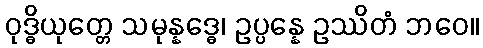
ဝုဒ္ဓိယုတ္တေ သမုန္နဒ္ဓေ၊ ဥပ္ပန္နေ ဥဿိတံ ဘဝေ။